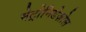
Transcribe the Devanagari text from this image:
मेट्रोनिडेज़ोल